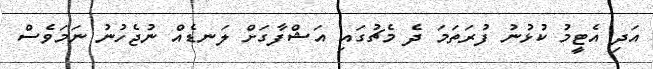
އަދި އެޓީމު ކުޅުނު ފުރަތަމަ ދެ މެޗުގައި އަޝްފާގަށް ލަނޑެއް ނުޖެހުނު ނަމަވެސް